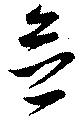
念